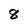
Character: 8